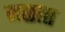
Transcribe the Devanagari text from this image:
मळात